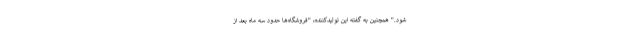
شود." همچنین به گفته این تولیدکننده، "فروشگاه‌ها حدود سه ماه بعد از